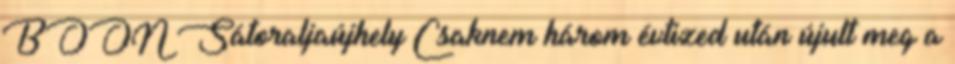
BOON Sátoraljaújhely Csaknem három évtized után újult meg a